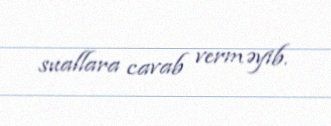
suallara cavab verməyib.